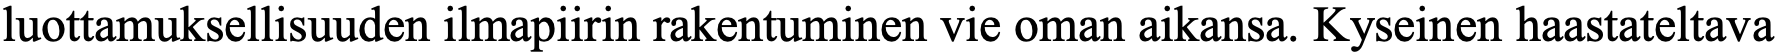
luottamuksellisuuden ilmapiirin rakentuminen vie oman aikansa. Kyseinen haastateltava